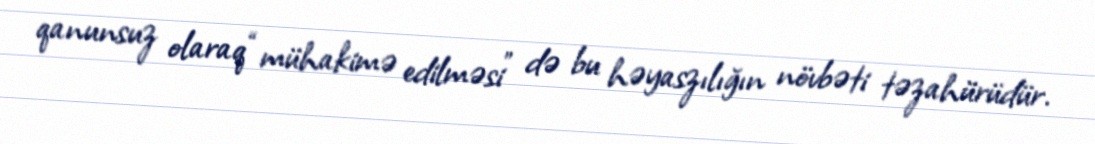
qanunsuz olaraq “mühakimə edilməsi” də bu həyaszılığın növbəti təzahürüdür.